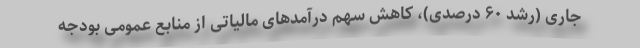
جاری (رشد ۶۰ درصدی)، کاهش سهم درآمدهای مالیاتی از منابع عمومی بودجه